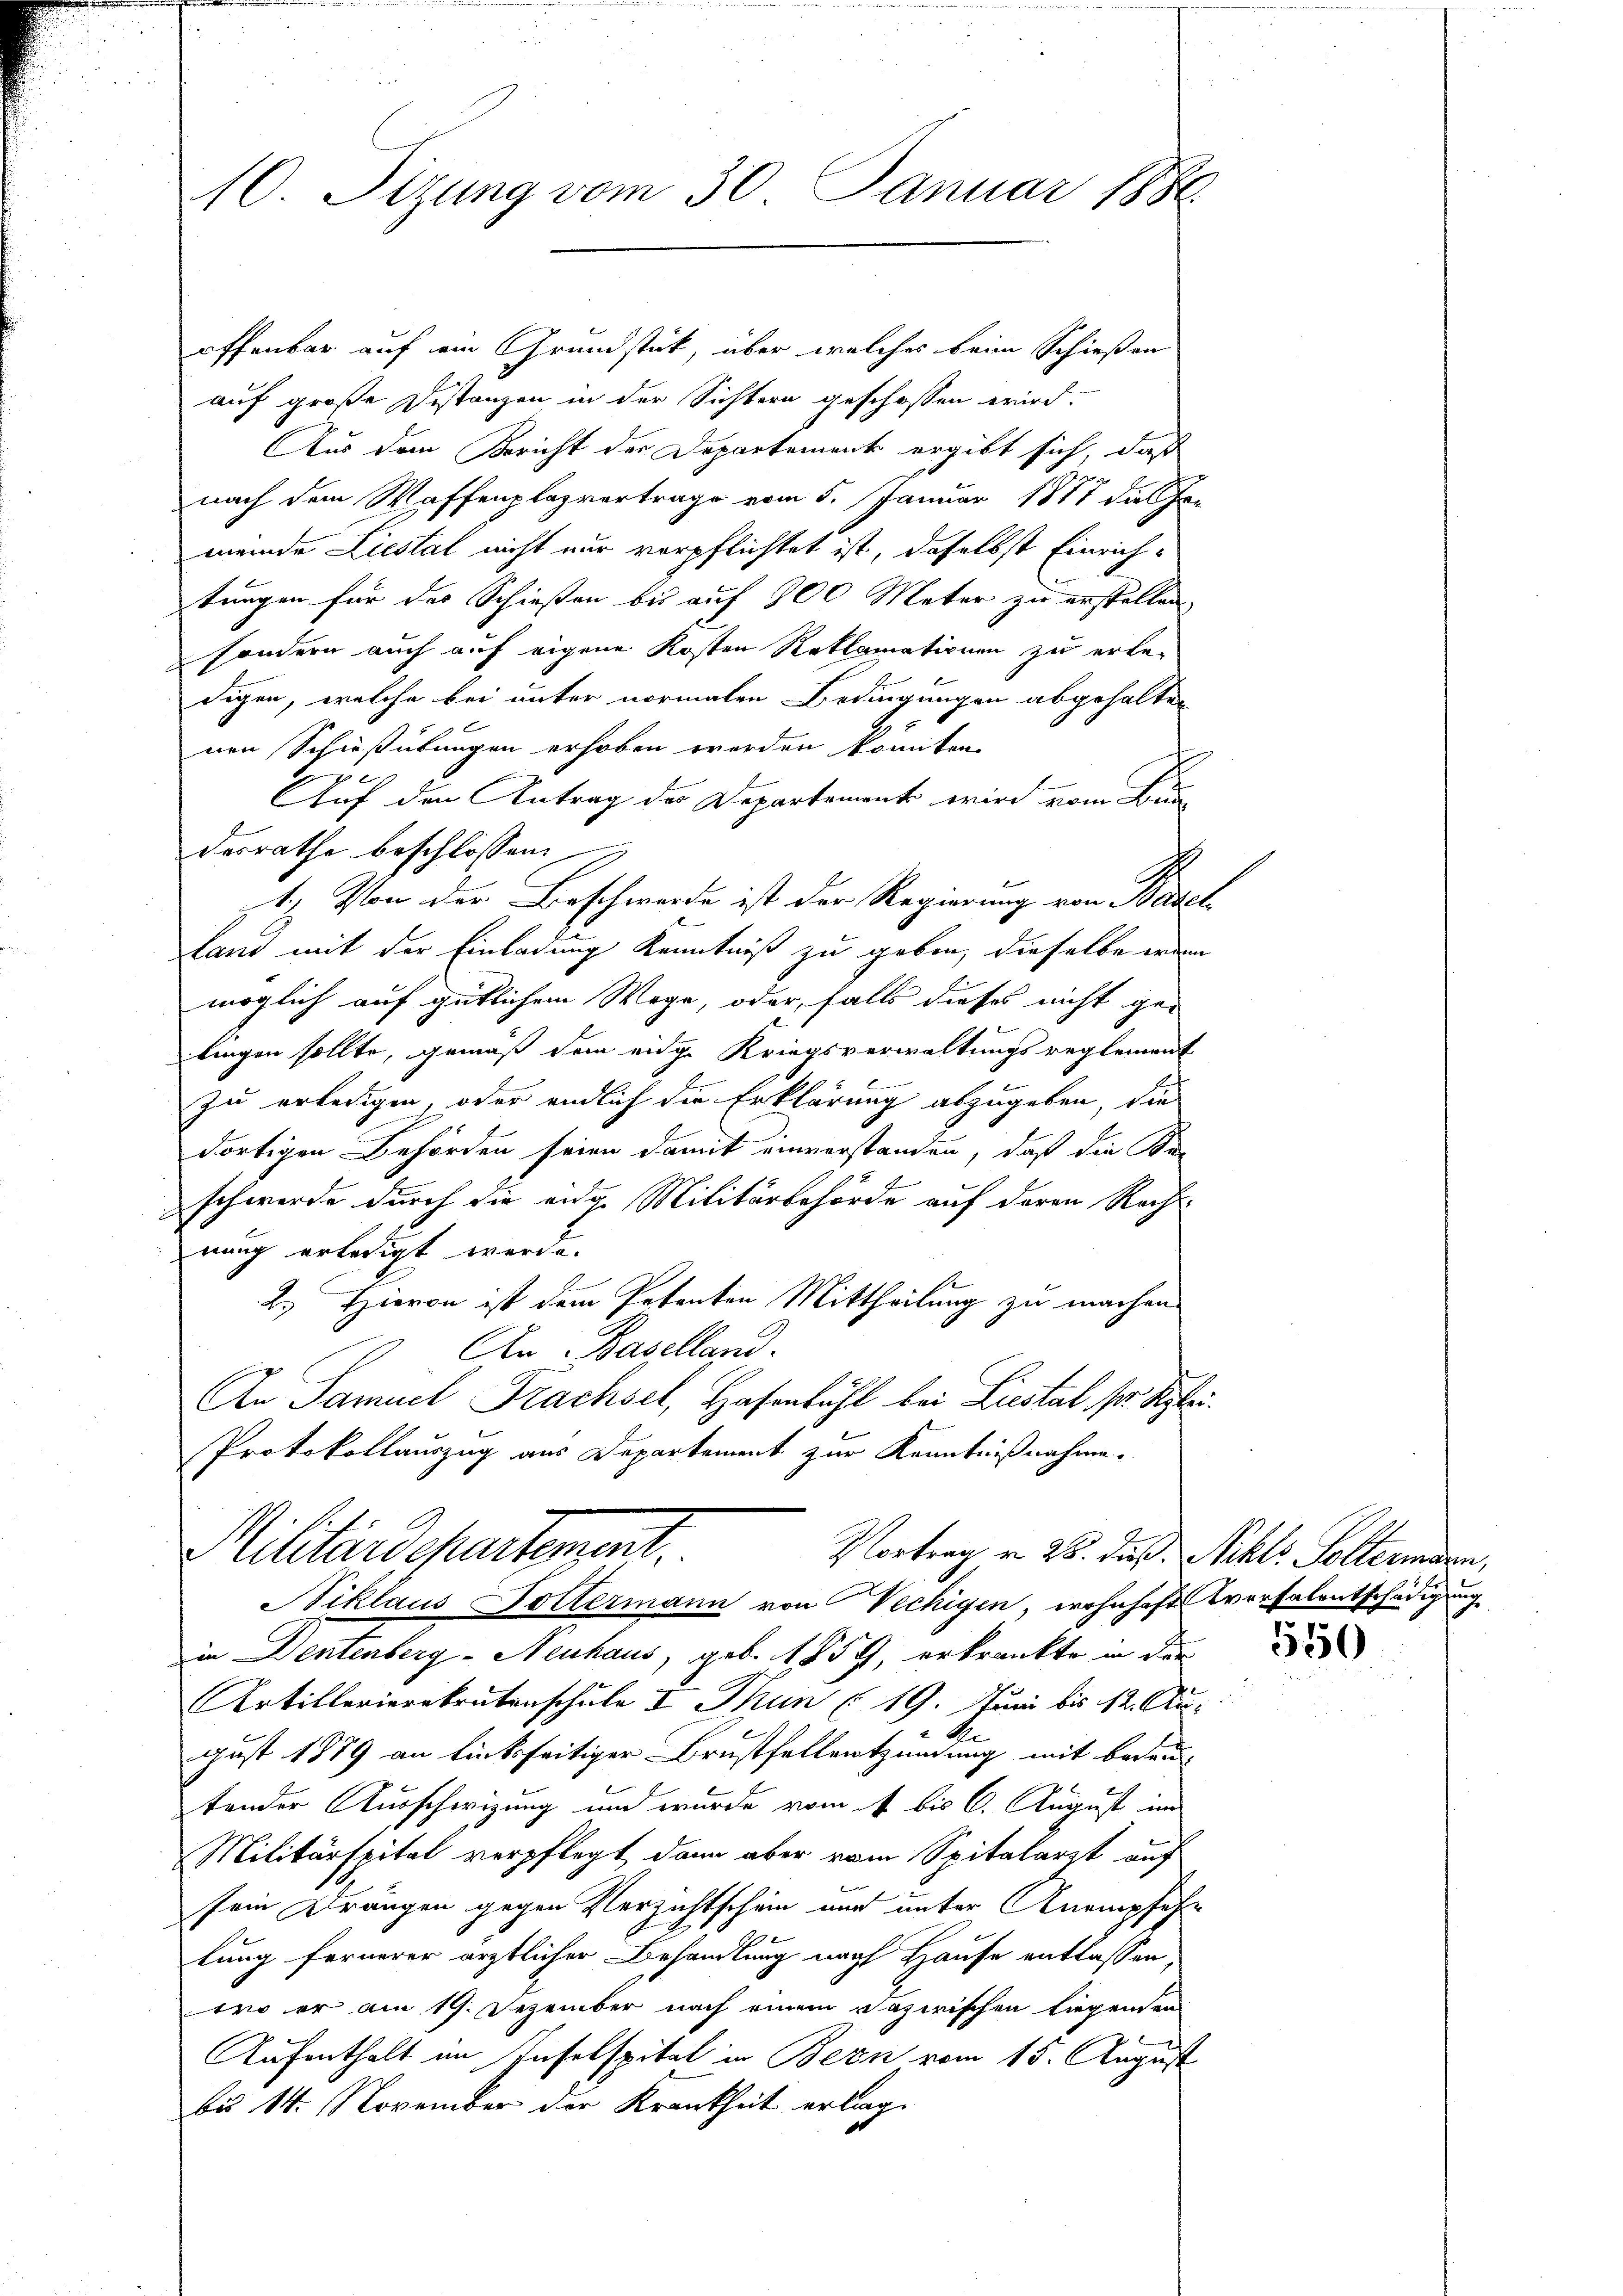
offenbar auf ein Grundstück, über welches beim Schießen
auf große Distanzen in der Sichtern geschossen wird.
Aus dem Bericht der Departement ergibt sich, daß
nach dem Waffenplazvertrage vom 5. Januar 1877 die Ge-
meinde Liestal nicht nur verpflichtet ist, daselbst Einrichtungen für das Schießen bis auf 800 Meter zu erstellen,
sondern auch auf eigene Kosten Reklamationen zu erledigen, welche bei unter normalen Bedingungen abgehalten
nen Schießübungen erhoben worden könnten.
E
Auf den Antrag der Departement wird vom Bun
desrathe beschlossen:
1.) Von der Beschwerde ist der Regierung von Basel,
land mit der Einladung Kenntniß zu geben, dieselbe wenn
möglich auf gütlichem Wege, oder, falls dieses nicht ge-
lingen sollte, gemäß dem eidge Kriegsverwaltungsreglement
zu erledigen, oder endlich die Erklärung abzugeben, die
dortigen Behörden seien damit einverstanden, daß die Se-
schwerde durch die eidg. Militärbehörde auf deren Recht-
nung erledigt werde.
2.) Hievon ist dem Petenten Mittheilung zu machen.
An Baselland.
An Samuel Trachsel, Hafenbühl bei Liestal ser Stei¬
Protokollauszug aus Departement zur Kenntnißnahme.

10. Sitzung vom 30. Januar 1884.

Niklaus Dottermann von Vechigen, wohnhaft versalentschädigung
in Dentenberg - Neuhaus, geb. 1859, erkränkte in der
Artillerierekrutenschule I Thun (19. Juni bis 12. Au

gust 1879 an linksseitiger Brustfellentzündung mit bedeutender Ausschwizung und wurde vom 4 bis 6. August im
Militärspital verpflegt, dann aber vom Spitalarzt auf
sein Drängen gegen Verzichtschein und unter Anempfehlung fernerer ärztlicher Behandlung nach Hause entlassen
tro er am 19. Dezember nach einem Dazirischen Liegenden
Aufenthalt im Infelspital in Bern vom 15. August
bis 14. November der Krankheit erlag

Militärdepartement.
Vortrag in 25. dieß. Nikls. Solternern,

550